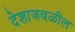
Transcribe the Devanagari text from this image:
देशाजवळील